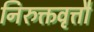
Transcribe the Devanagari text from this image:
निरुक्तवृत्तौ